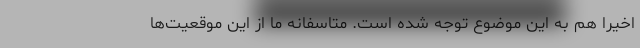
اخیرا هم به این موضوع توجه شده است. متاسفانه ما از این موقعیت‌ها